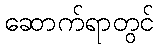
ဆောက်ရာတွင်